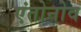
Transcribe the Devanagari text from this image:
एंतोनोव